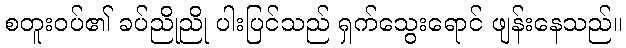
စတူးဝပ်၏ ခပ်ညိုညို ပါးပြင်သည် ရှက်သွေးရောင် ဖျန်းနေသည်။